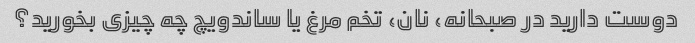
دوست دارید در صبحانه، نان، تخم مرغ یا ساندویچ چه چیزی بخورید؟